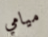
ميامي